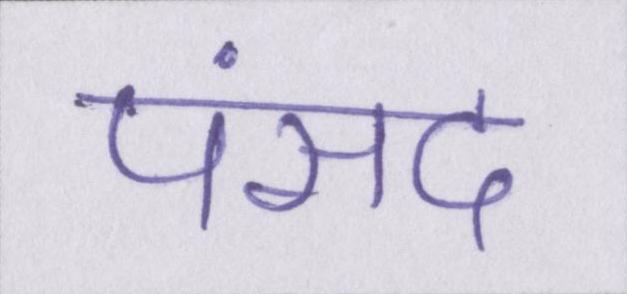
पंसद